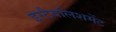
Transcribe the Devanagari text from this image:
इस्‍टैबलिशमेंट